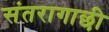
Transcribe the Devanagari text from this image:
संतरागाछी